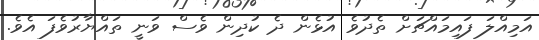
އަމިއްލަ ފައިމައްޗަށް ތެދުވެ އުޅެން ދެ ކުދިން ވެސް ވަނީ ތައްޔާރުވެފަ އެވެ.